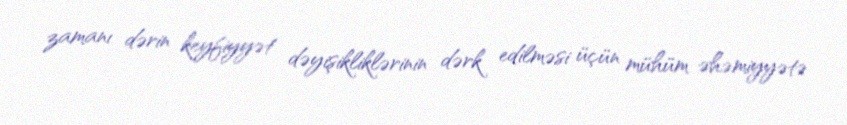
zamanı dərin keyfiyyət dəyişikliklərinin dərk edilməsi üçün mühüm əhəmiyyətə